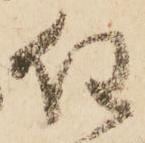
任